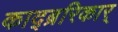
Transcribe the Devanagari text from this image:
काद्ब्ररिकार्